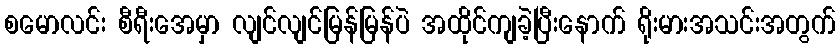
စမောလင်း စီရီးအေမှာ လျင်လျင်မြန်မြန်ပဲ အထိုင်ကျခဲ့ပြီးနောက် ရိုးမားအသင်းအတွက်